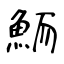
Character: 鮞